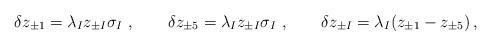
LaTeX: \begin{align*}\delta z_{\pm 1} = \lambda_I z_{\pm I} \sigma_I ~, \qquad \delta z_{\pm 5} = \lambda_I z_{\pm I} \sigma_I ~ , \qquad \delta z_{\pm I} = \lambda_I (z_{\pm 1} - z_{\pm 5}) \, ,\end{align*}